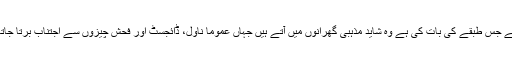
آپ نے جس طبقے کی بات کی ہے وہ شاید مذہبی گھرانوں میں آتے ہیں جہاں عموما ناول، ڈائجسٹ اور فحش چیزوں سے اجتناب برتا جاتا ہے۔